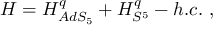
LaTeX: { \cal H } = { \cal H } _ { A d S _ { 5 } } ^ { q } + { \cal H } _ { S ^ { 5 } } ^ { q } - h . c . \ ,